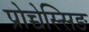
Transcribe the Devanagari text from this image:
प्रोच्चेस्सिङ